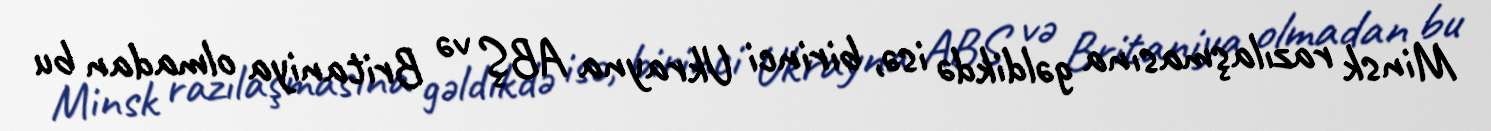
Minsk razılaşmasına gəldikdə isə, birinci Ukrayna ABŞ və Britaniya olmadan bu